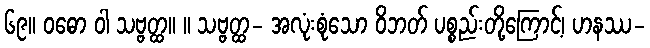
၆၉။ ဝဓော ဝါ သဗ္ဗတ္ထ။ ။ သဗ္ဗတ္ထ- အလုံးစုံသော ဝိဘတ် ပစ္စည်းတို့ကြောင့်၊ ဟနဿ-